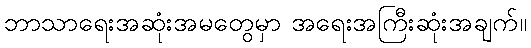
ဘာသာရေးအဆုံးအမတွေမှာ အရေးအကြီးဆုံးအချက်။